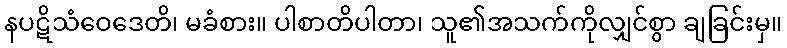
နပဋိသံဝေဒေတိ၊ မခံစား။ ပါစာတိပါတာ၊ သူ၏အသက်ကိုလျှင်စွာ ချခြင်းမှ။